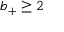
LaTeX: b _ { + } \geq 2